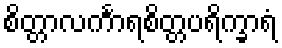
စိတ္တာလင်္ကာရစိတ္တပရိက္ခာရံ